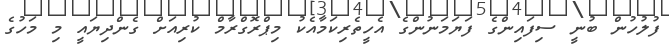
ފުލުހުން ބުނީ ސިފައިންގެ ފަޔަމަނުންގެ އެހީތެރިކަމާއެކު މިޕްރޮގްރާމް ކުރިއަށް ގެންދިޔައީ މި މަހުގެ